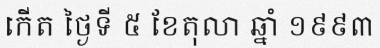
កើត ថ្ងៃទី ៥ ខែតុលា ឆ្នាំ ១៩៩៣